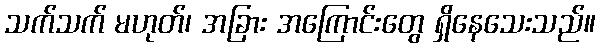
သက်သက် မဟုတ်၊ အခြား အကြောင်းတွေ ရှိနေသေးသည်။